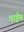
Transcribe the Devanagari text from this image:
चाईम